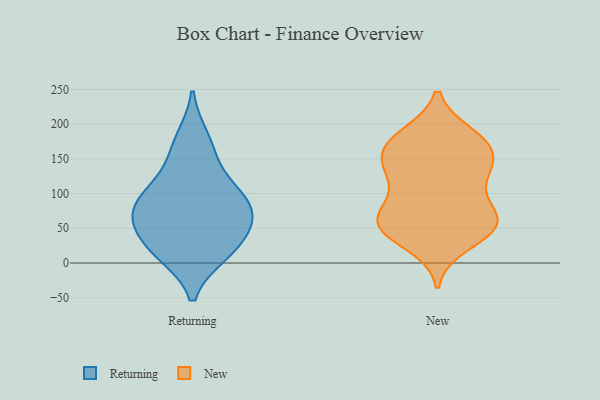
{"axis": {"x": "Budget (USD K)", "y": "Value"}, "legend": ["New", "Returning"], "data": [{"x": "", "y": 70, "type": "Returning"}, {"x": "", "y": 154, "type": "Returning"}, {"x": "", "y": 15, "type": "Returning"}, {"x": "", "y": 50, "type": "Returning"}, {"x": "", "y": 13, "type": "Returning"}, {"x": "", "y": 64, "type": "Returning"}, {"x": "", "y": 180, "type": "Returning"}, {"x": "", "y": 88, "type": "Returning"}, {"x": "", "y": 106, "type": "Returning"}, {"x": "", "y": 70, "type": "Returning"}, {"x": "", "y": 107, "type": "Returning"}, {"x": "", "y": 23, "type": "Returning"}, {"x": "", "y": 76, "type": "New"}, {"x": "", "y": 56, "type": "New"}, {"x": "", "y": 27, "type": "New"}, {"x": "", "y": 178, "type": "New"}, {"x": "", "y": 153, "type": "New"}, {"x": "", "y": 178, "type": "New"}, {"x": "", "y": 129, "type": "New"}, {"x": "", "y": 169, "type": "New"}, {"x": "", "y": 139, "type": "New"}, {"x": "", "y": 51, "type": "New"}, {"x": "", "y": 58, "type": "New"}, {"x": "", "y": 58, "type": "New"}, {"x": "", "y": 118, "type": "New"}, {"x": "", "y": 49, "type": "New"}, {"x": "", "y": 159, "type": "New"}, {"x": "", "y": 126, "type": "New"}, {"x": "", "y": 55, "type": "New"}, {"x": "", "y": 184, "type": "New"}, {"x": "", "y": 80, "type": "New"}]}